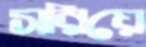
সরিয়ে